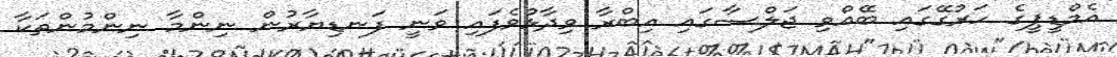
އެމްޑީޕީގެ ހަރުގޭގައި ބޭއްވި ޖަލްސާގައި އިބްރާ ވިދާޅުވެފައި ވަނީ ފަނޑިޔާރުން ނިންމާ ނިންމުންތަކާ